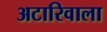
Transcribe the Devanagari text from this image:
अटारिवाला